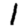
Digit: 1